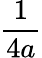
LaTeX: \frac{1}{4a}